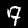
Label: 7